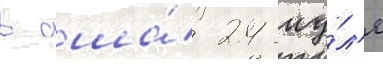
в сша́ 24 иу́л'я